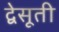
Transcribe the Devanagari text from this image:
द्वेसूती